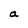
Character: a